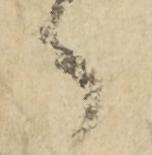
へ